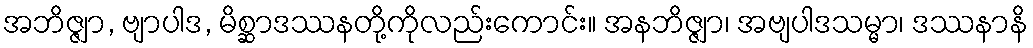
အဘိဇ္ဇျာ, ဗျာပါဒ, မိစ္ဆာဒဿနတို့ကိုလည်းကောင်း။ အနဘိဇ္ဇျာ၊ အဗျပါဒသမ္မာ၊ ဒဿနာနိ